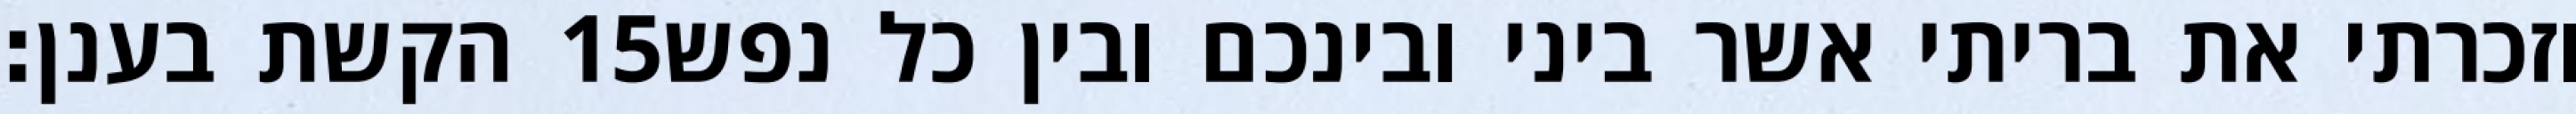
הקשת בענן׃ ‎15‏ וזכרתי את בריתי אשר ביני ובינכם ובין כל נפש